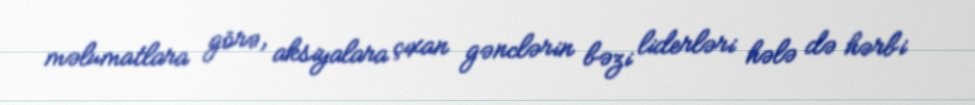
məlumatlara görə, aksiyalara çıxan gənclərin bəzi liderləri hələ də hərbi